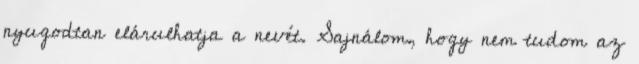
nyugodtan elárulhatja a nevét. Sajnálom, hogy nem tudom az